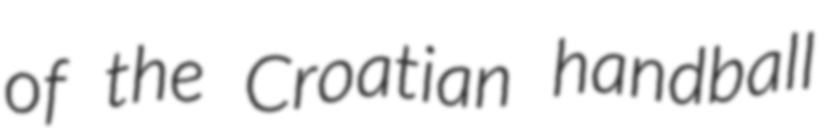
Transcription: of the Croatian handball